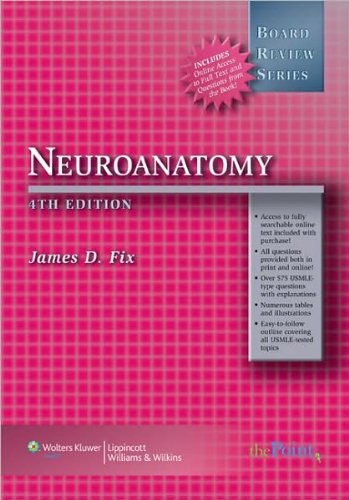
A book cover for J. D. Fix's BRS Neuroanatomy 4th (Fourth) edition(BRS Neuroanatomy (Board Review Series) [Paperback])(2007); J. D. Fix; Medical Books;